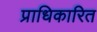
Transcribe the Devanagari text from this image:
प्राधिकारित